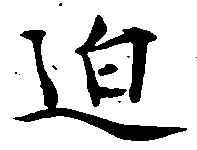
迫